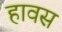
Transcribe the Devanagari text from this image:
हावस